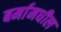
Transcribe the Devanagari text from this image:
बर्मामधील